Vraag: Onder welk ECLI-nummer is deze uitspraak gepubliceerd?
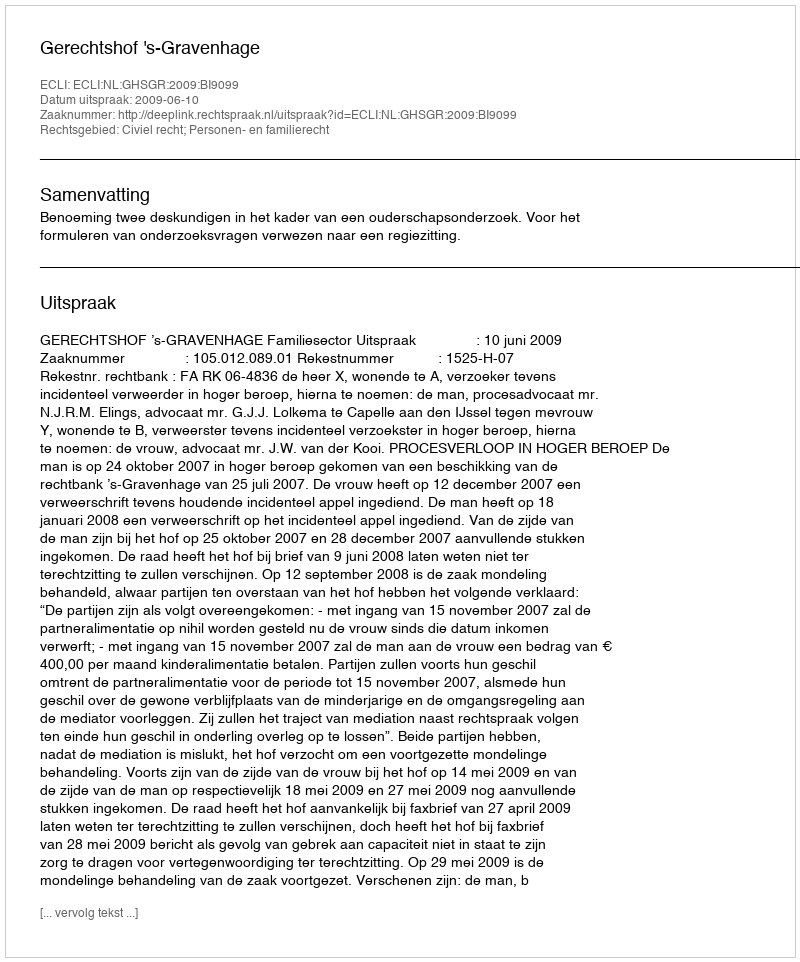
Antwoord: ECLI:NL:GHSGR:2009:BI9099